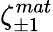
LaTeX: \zeta_{\pm 1}^{mat}